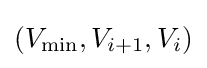
(V_{\min },V_{i+1},V_{i})